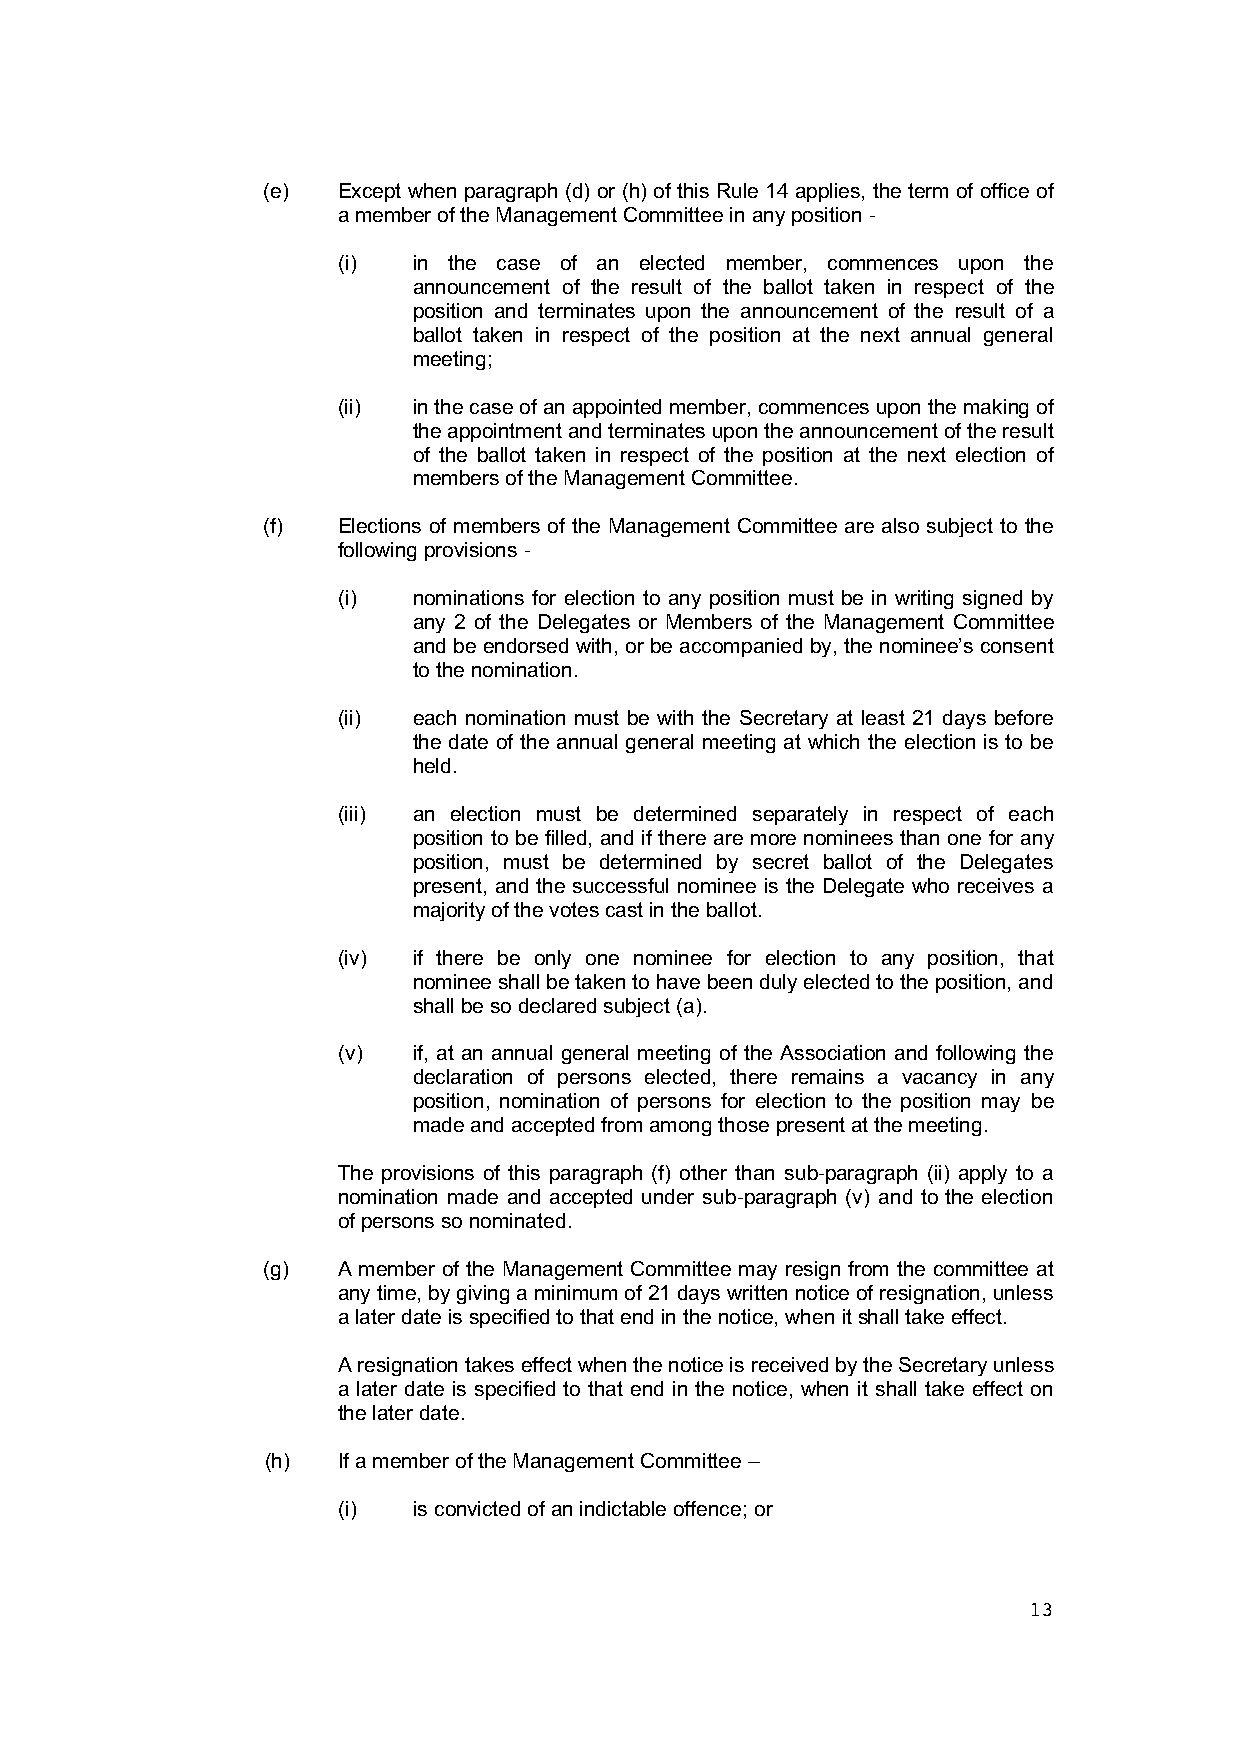
(e)  Except when paragraph (d) or (h) of this Rule 14 applies, the term of office of
 a member of the Management Committee in any position -
 (i)  in the case of an elected member, commences upon the
 announcement of the result of the ballot taken in respect of the
 position and terminates upon the announcement of the result of a
 ballot taken in respect of the position at the next annual general
 meeting;
 (ii) in the case of an appointed member, commences upon the making of
 the appointment and terminates upon the announcement of the result
 of the ballot taken in respect of the position at the next election of
 members of the Management Committee.
 (f)  Elections of members of the Management Committee are also subject to the
 following provisions -
 (i)  nominations for election to any position must be in writing signed by
 any 2 of the Delegates or Members of the Management Committee
 and be endorsed with, or be accompanied by, the nominee’s consent
 to the nomination.
 (ii) each nomination must be with the Secretary at least 21 days before
 the date of the annual general meeting at which the election is to be
 held.
 (iii) an election must be determined separately in respect of each
 position to be filled, and if there are more nominees than one for any
 position, must be determined by secret ballot of the Delegates
 present, and the successful nominee is the Delegate who receives a
 majority of the votes cast in the ballot.
 (iv) if there be only one nominee for election to any position, that
 nominee shall be taken to have been duly elected to the position, and
 shall be so declared subject (a).
 (v)  if, at an annual general meeting of the Association and following the
 declaration of persons elected, there remains a vacancy in any
 position, nomination of persons for election to the position may be
 made and accepted from among those present at the meeting.
 The provisions of this paragraph (f) other than sub-paragraph (ii) apply to a
 nomination made and accepted under sub-paragraph (v) and to the election
 of persons so nominated.
 (g)  A member of the Management Committee may resign from the committee at
 any time, by giving a minimum of 21 days written notice of resignation, unless
 a later date is specified to that end in the notice, when it shall take effect.
 A resignation takes effect when the notice is received by the Secretary unless
 a later date is specified to that end in the notice, when it shall take effect on
 the later date.
 (h) If a member of the Management Committee –
 (i)  is convicted of an indictable offence; or
 13